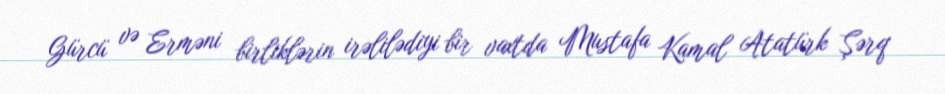
Gürcü və Erməni birliklərin irəlilədiyi bir vaxtda Mustafa Kamal Atatürk Şərq